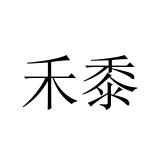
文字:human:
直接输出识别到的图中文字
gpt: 禾黍